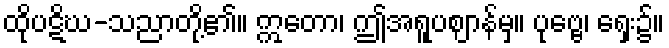
ထိုပဋိဃ-သညာတို့၏။ ဣတော၊ ဤအရူပဈာန်မှ။ ပုဗ္ဗေ၊ ရှေး၌။